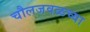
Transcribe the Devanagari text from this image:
चौलजवळच्या